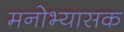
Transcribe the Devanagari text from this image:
मनोभ्यासक